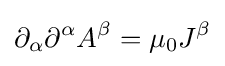
\partial _{\alpha }\partial ^{\alpha }A^{\beta }=\mu _{0}J^{\beta }